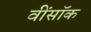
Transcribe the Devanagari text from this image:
वींसॉक